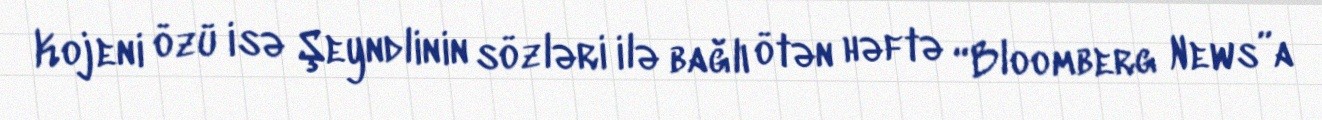
Kojeni özü isə Şeyndlinin sözləri ilə bağlı ötən həftə “Bloomberg News”a